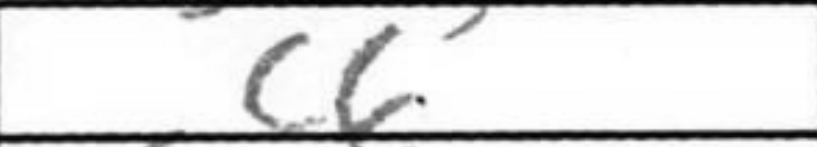
Transcription: c6